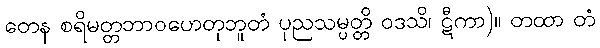
တေန စရိမတ္တဘာဝဟေတုဘူတံ ပုညသမ္ပတ္တိ ဝဒသိ၊ ဋီကာ)။ တထာ တံ